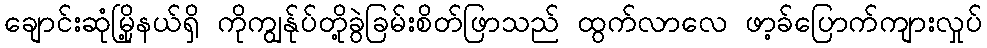
ချောင်းဆုံမြို့နယ်ရှိ ကိုကျွန်ုပ်တို့ခွဲခြမ်းစိတ်ဖြာသည် ထွက်လာလေ ဖာ့ခ်ပြောက်ကျားလှုပ်